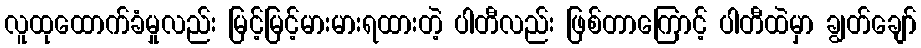
လူထုထောက်ခံမှုလည်း မြင့်မြင့်မားမားရထားတဲ့ ပါတီလည်း ဖြစ်တာကြောင့် ပါတီထဲမှာ ချွတ်ချော်